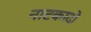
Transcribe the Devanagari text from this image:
नाटकादी